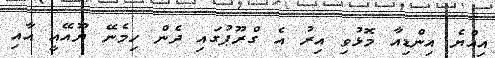
އިއްޔެ އިންޑިއާ މޮޅުވި އިރު އެ ގްރޫޕުގައި ދެން ހިމެނޭ ޔޫއޭއީ އާއި